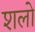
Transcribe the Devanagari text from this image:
शलो